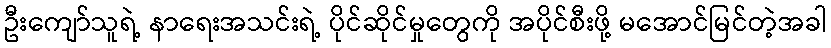
ဦးကျော်သူရဲ့ နာရေးအသင်းရဲ့ ပိုင်ဆိုင်မှုတွေကို အပိုင်စီးဖို့ မအောင်မြင်တဲ့အခါ